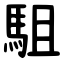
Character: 駔